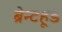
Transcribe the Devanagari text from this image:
ब्रेन्टहूड